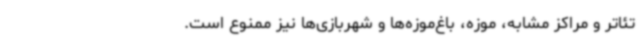
تئاتر و مراکز مشابه، موزه، باغ‌موزه‌ها و شهربازی‌ها نیز ممنوع است.